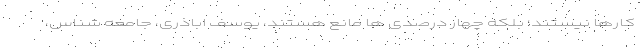
کارها نیستند؛ بلکه چهار درصدی ها مانع هستند، یوسف اباذری، جامعه شناس،